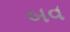
બવ